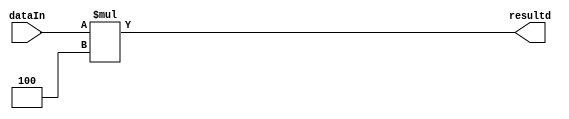
`timescale 1ns / 1ps
module relaAdrsShifter(resultd, dataIn);
	input [31:0] dataIn;
	output [31:0] resultd;
	assign resultd = dataIn * 4;

endmodule